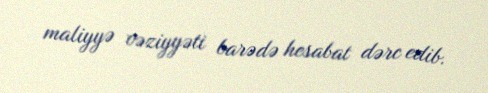
maliyyə vəziyyəti barədə hesabat dərc edib.